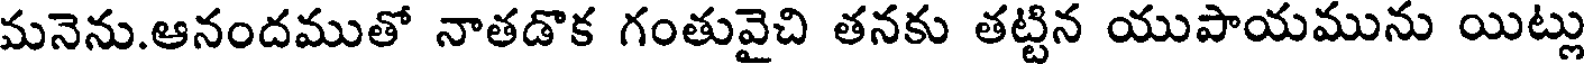
మనెను.ఆనందముతో నాతడొక గంతువైచి తనకు తట్టిన యుపాయమును యిట్లు